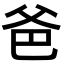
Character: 爸